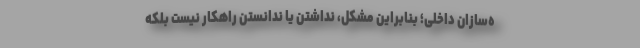
ه‌سازان داخلی؛ بنابراین مشکل، نداشتن یا ندانستن راهکار نیست بلکه